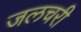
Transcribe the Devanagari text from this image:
जलचरी